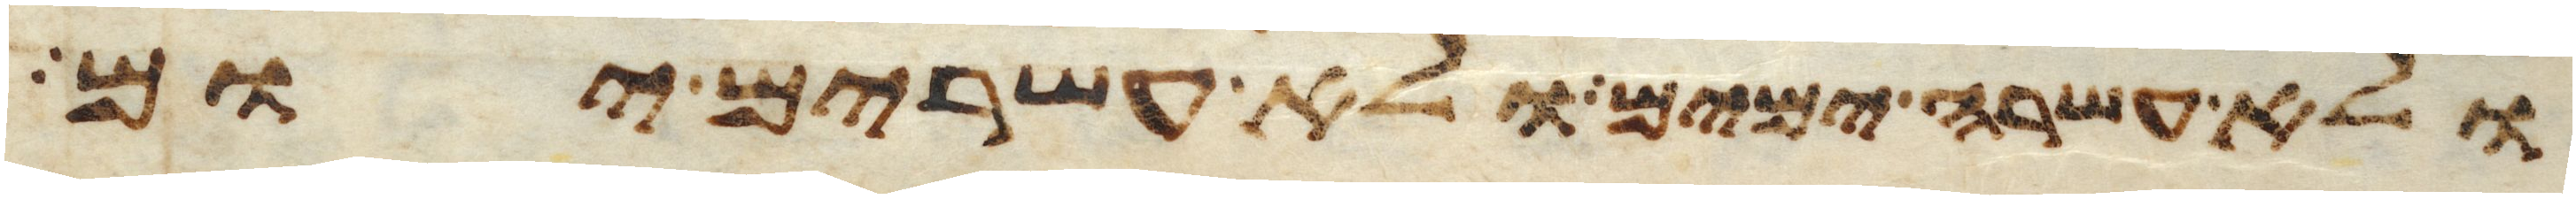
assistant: ולא עשרה ימים ולא עשרים יום